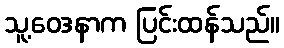
သူ့ဝေဒနာက ပြင်းထန်သည်။